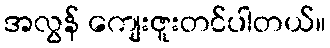
အလွန် ကျေးဇူးတင်ပါတယ်။